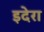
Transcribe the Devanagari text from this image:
इदेरा